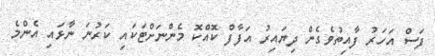
ފަސް އަހަރު ފާއިތުވެގެން ދިޔައިރު އަފާފް ކޮއްކޮ މެންނަށްޓަކައި ކަރުނަ ނާޅައި އެންމެ